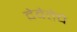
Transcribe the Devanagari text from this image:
देवेतेचे